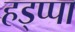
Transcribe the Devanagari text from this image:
हड्प्पा